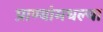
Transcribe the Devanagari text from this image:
प्राण्यांमधल्या